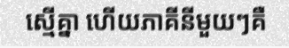
ស្មើគ្នា ហើយភាគីនីមួយៗគឺ